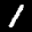
Label: 1